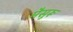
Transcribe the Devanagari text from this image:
मैसुरू